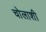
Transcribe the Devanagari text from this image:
चोलाशी